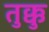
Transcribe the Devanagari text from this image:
तुक्कु